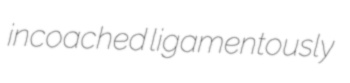
incoached ligamentously